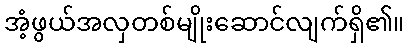
အံ့ဖွယ်အလှတစ်မျိုးဆောင်လျက်ရှိ၏။